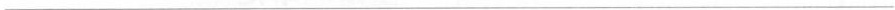
___